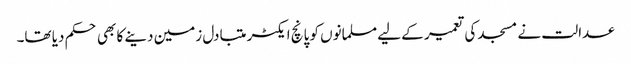
عدالت نے مسجد کی تعمیر کے لیے مسلمانوں کو پانچ ایکٹر متبادل زمین دینے کا بھی حکم دیا تھا۔